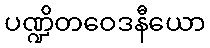
ပဏ္ဍိတဝေဒနီယော